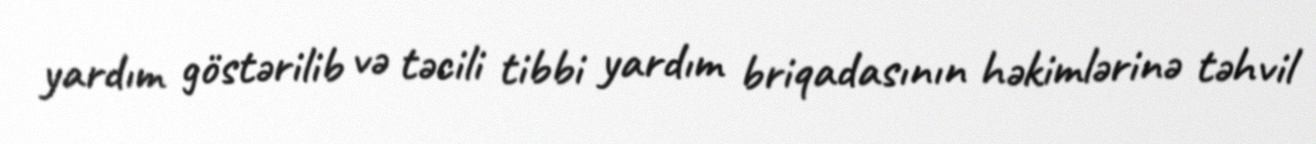
yardım göstərilib və təcili tibbi yardım briqadasının həkimlərinə təhvil